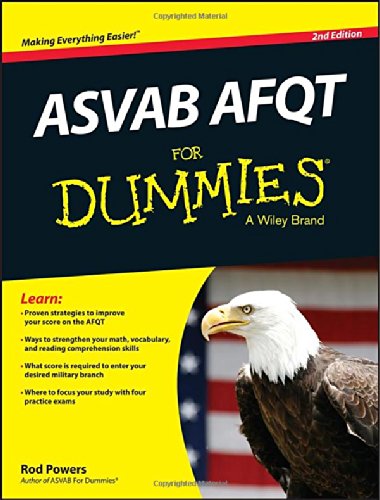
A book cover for ASVAB AFQT For Dummies; Rod Powers; Test Preparation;